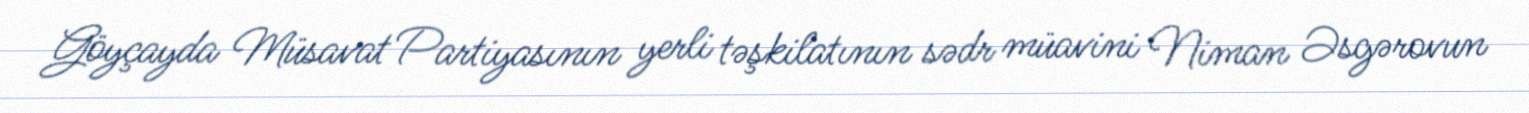
Göyçayda Müsavat Partiyasının yerli təşkilatının sədr müavini Niman Əsgərovun